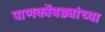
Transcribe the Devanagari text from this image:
पाणकोंबड्यांच्या